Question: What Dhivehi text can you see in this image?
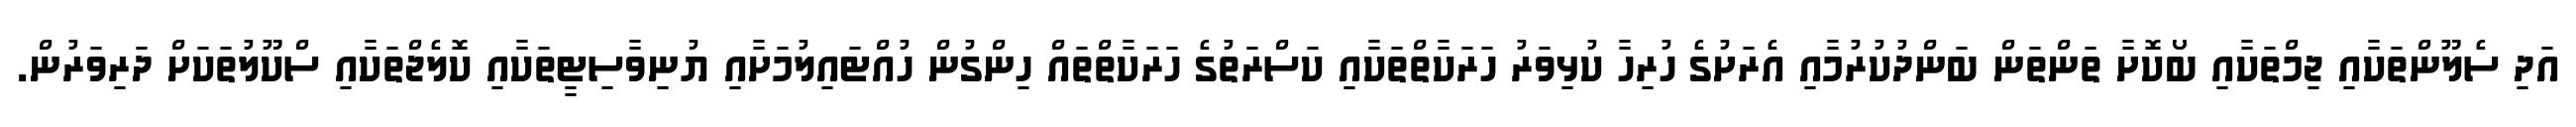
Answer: އަދި ސެލޫންތަކާއި ޖިމްތަކާއި ބޯކޮށާ ތަންތަން ބަންދުކުރުމާއި އެރަށުގެ ހުރިހާ ކުޅިވަރު ހަރަކާތްތަކާއި ކަސްރަތުގެ ހަރަކާތްތައް ހިންގުން ހުއްޓައިލުމަށާއި ޔުނިވާސިޓީތަކާއި ކޮލެޖްތަކާއި ސްކޫލުތަކަށް ދަރިވަރުން.